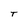
Character: T